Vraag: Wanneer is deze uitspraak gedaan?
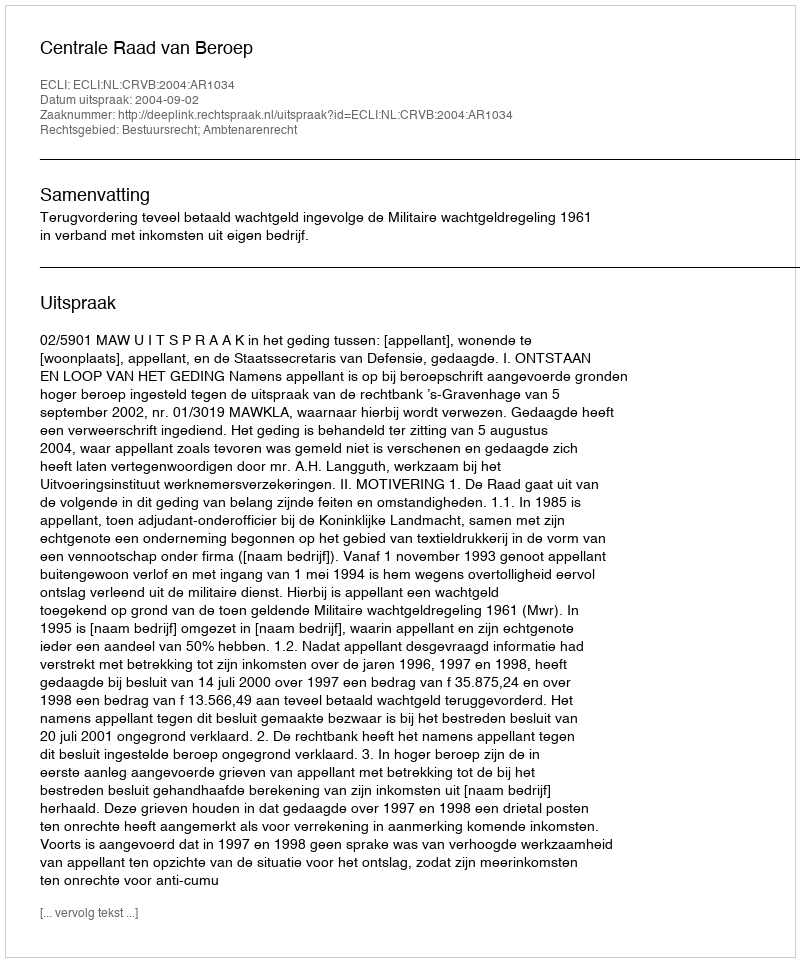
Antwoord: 2004-09-02